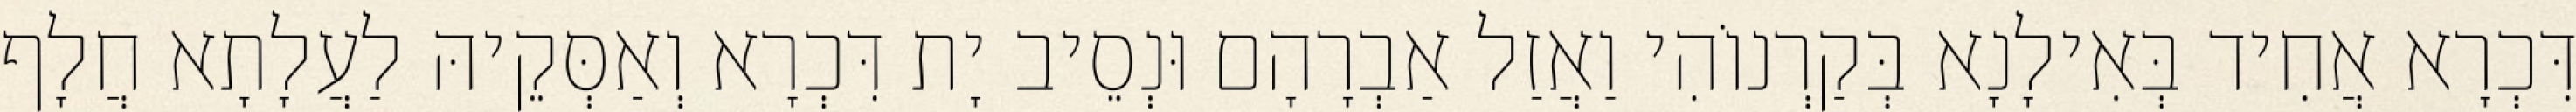
דִּכְרָא אֲחִיד בְּאִילָנָא בְּקַרְנוֹהִי וַאֲזַל אַבְרָהָם וּנְסֵיב יָת דִּכְרָא וְאַסְּקֵיהּ לַעֲלָתָא חֲלָף